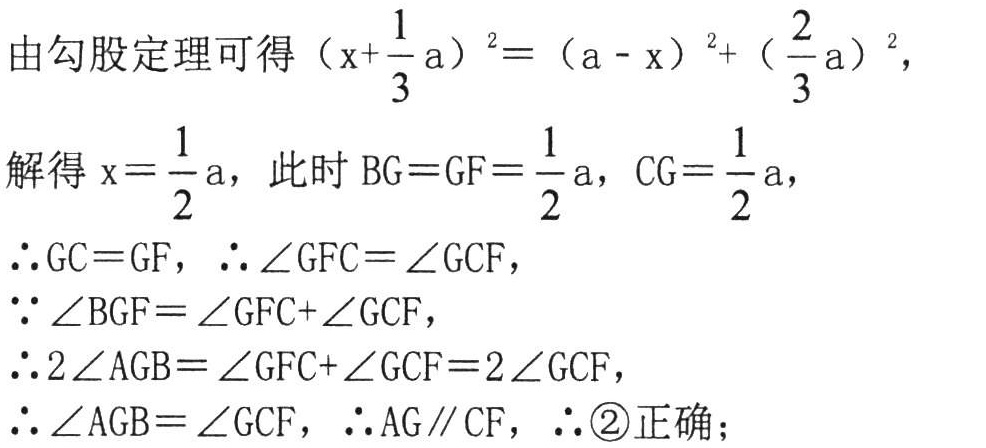
由勾股定理可得\(\left(x + \dfrac{1}{3}a\right)^{2} = (a - x)^{2}+\left(\dfrac{2}{3}a\right)^{2}\)，
解得\(x = \dfrac{1}{2}a\)，此时\(BG = GF=\dfrac{1}{2}a\)，\(CG=\dfrac{1}{2}a\)，
\(\therefore GC = GF\)，\(\therefore\angle GFC=\angle GCF\)，
\(\because\angle BGF=\angle GFC + \angle GCF\)，
\(\therefore 2\angle AGB=\angle GFC+\angle GCF = 2\angle GCF\)，
\(\therefore\angle AGB=\angle GCF\)，\(\therefore AG\parallel CF\)，\(\therefore\)\textcircled{2}正确；